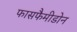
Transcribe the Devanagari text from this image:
फासफैमीडोन